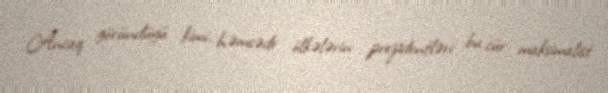
Ancaq göründüyü kimi, həmsədr ölkələrin prezidentləri bu cür maksimalist